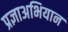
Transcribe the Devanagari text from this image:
प्रज्ञाअभियान